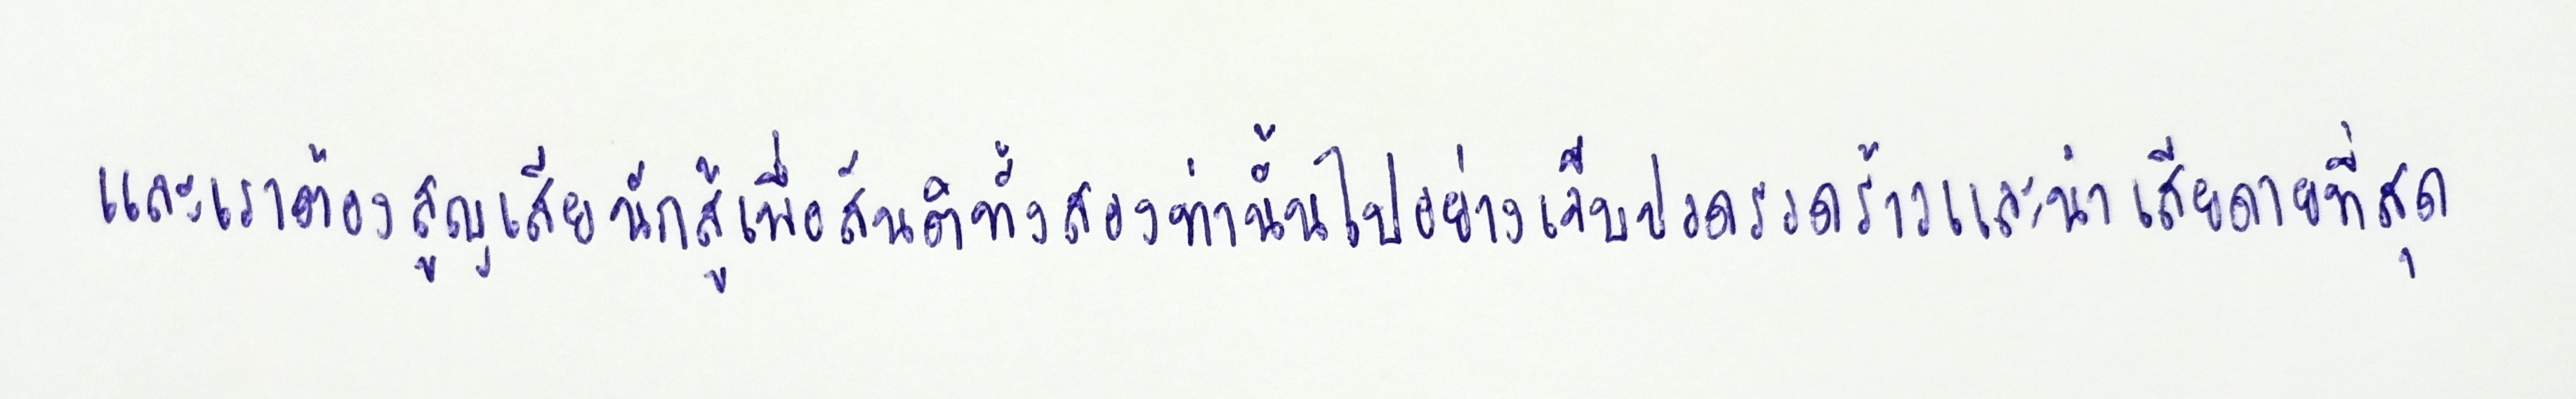
และเราต้องสูญเสียนักสู้เพื่อสันติทั้งสองท่านั้นไปอย่างเจ็บปวดรวดร้าวและน่าเสียดายที่สุด